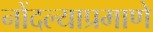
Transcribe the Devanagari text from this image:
नोंदल्याप्रमाणे